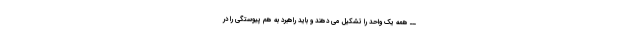
ــ همه یک واحد را تشکیل می دهند و باید راهبرد به هم پیوستگی را در